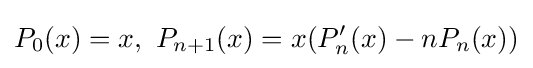
P_{0}(x)=x,\ P_{n+1}(x)=x(P_{n}'(x)-nP_{n}(x))